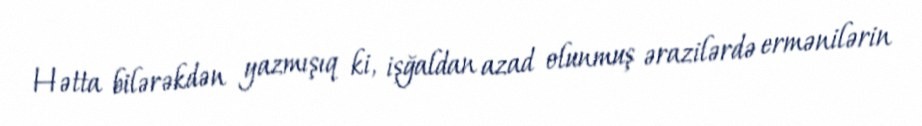
Hətta bilərəkdən yazmışıq ki, işğaldan azad olunmuş ərazilərdə ermənilərin